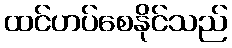
ထင်ဟပ်စေနိုင်သည်